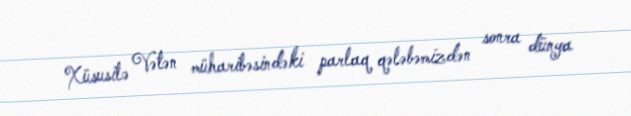
Xüsusilə Vətən müharibəsindəki parlaq qələbəmizdən sonra dünya